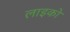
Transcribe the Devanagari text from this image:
लाइको